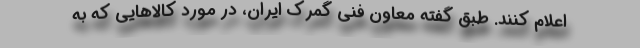
اعلام کنند. طبق گفته معاون فنی گمرک ایران، در مورد کالاهایی که به